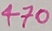
Text: 470